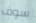
سوف